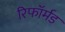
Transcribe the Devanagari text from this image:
रिफॉर्मड